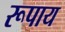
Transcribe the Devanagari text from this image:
रूपाय